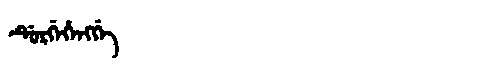
Manchu: ᡩᡠᡵᡤᡝᡥᡝᠩᡤᡝ
Romanization: DURGEHENGGE